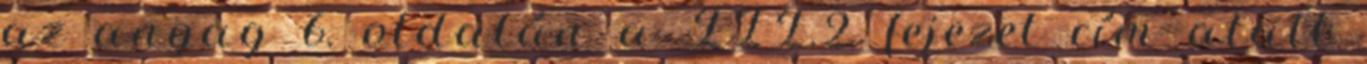
az anyag 6. oldalán a III.2. fejezet cím alatt